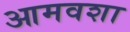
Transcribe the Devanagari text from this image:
आमवशा